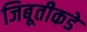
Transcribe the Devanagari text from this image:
जिबूतीकडे